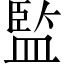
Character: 監